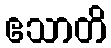
ဧသာတိ